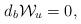
LaTeX: \begin{align*} d_b \mathcal W_u = 0, \end{align*}